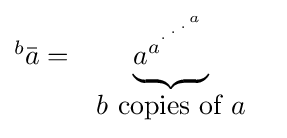
{\begin{matrix}{^{b}}{\bar {a}}=&\underbrace {a_{}^{a^{{}^{.\,^{.\,^{.\,^{a}}}}}}} &\\&b{\mbox{ copies of }}a\end{matrix}}